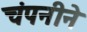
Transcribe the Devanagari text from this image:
चंपनीने